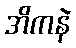
အိကနဲ